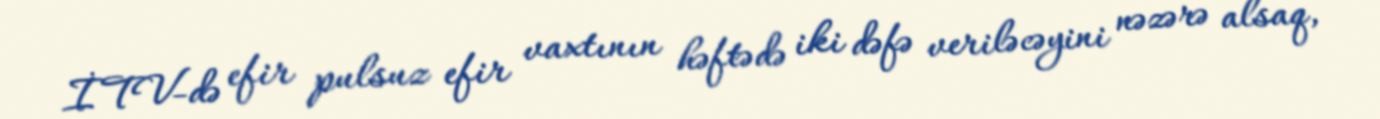
İTV-də efir pulsuz efir vaxtının həftədə iki dəfə veriləcəyini nəzərə alsaq,